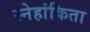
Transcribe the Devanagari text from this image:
स्नेहांकिता